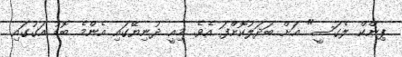
ޕިންކް ލެގަސީ" އަށް ބަދަލުކޮށްފަ އެވެ. މިއީ ދުނިޔޭގައި އެންމެ ބޮޑު އަގުގައި